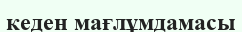
кеден мағлұмдамасы